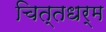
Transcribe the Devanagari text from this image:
चित्तधर्म